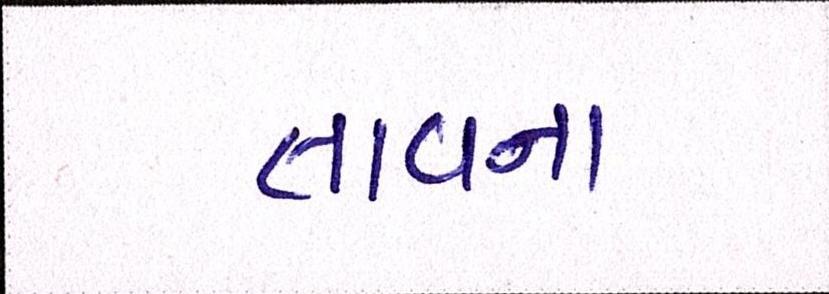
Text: તાવના